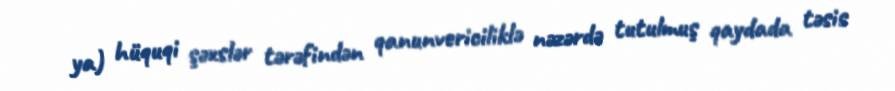
ya) hüquqi şəxslər tərəfindən qanunvericiliklə nəzərdə tutulmuş qaydada təsis